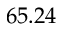
6 5 . 2 4